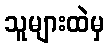
သူများထဲမှ